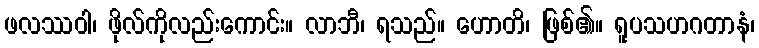
ဖလဿဝါ၊ ဖိုလ်ကိုလည်းကောင်း။ လာဘီ၊ ရသည်။ ဟောတိ၊ ဖြစ်၏။ ရူပသဟဂတာနံ၊